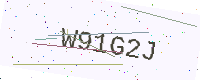
Text: W91G2J